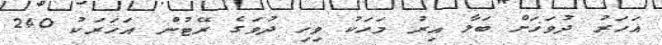
އަހަރު ދުވަހަށް ބަލާ އިރު މަހަކު ވިހި ދުވަގެ ރޭޓުން އަހަރަކު 240